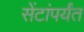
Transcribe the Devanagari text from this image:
सेंटांपर्यंत